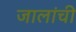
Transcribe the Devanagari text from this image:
जालांची